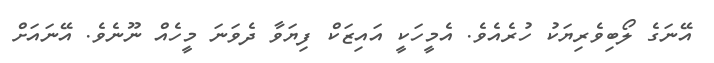
އޭނަގެ ލޯބިވެރިޔަކު ހުރެއެވެ. އެމީހަކީ އައިޒަކް ފިޔަވާ ދެވަނަ މީހެއް ނޫނެވެ. އޭނައަށް